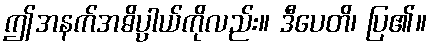
ဤအနက်အဓိပ္ပာယ်ကိုလည်း။ ဒီပေတိ၊ ပြ၏။